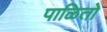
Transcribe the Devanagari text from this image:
पाळितो